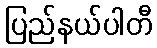
ပြည်နယ်ပါတီ